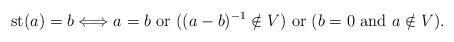
LaTeX: \begin{align*} \operatorname{st}(a)=b \Longleftrightarrow a=b \textrm{ or } ((a-b)^{-1} \notin V) \textrm { or } (b=0 \textrm{ and } a \notin V).\end{align*}